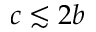
c \lesssim 2 b